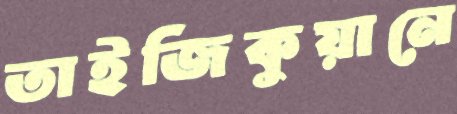
তাইজিকুয়ানে